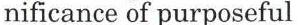
nificance of purposeful